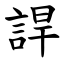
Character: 䛞